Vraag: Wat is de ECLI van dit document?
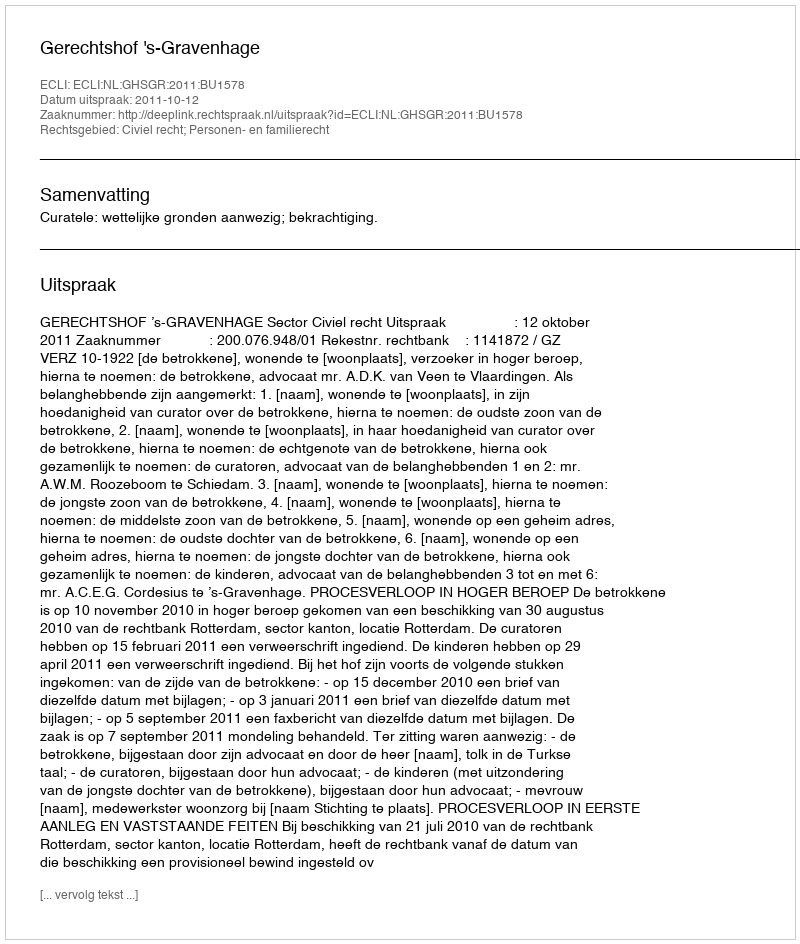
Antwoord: ECLI:NL:GHSGR:2011:BU1578